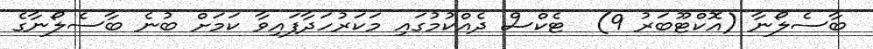
ބާސެލޯނާ (އޮކްޓޫބަރު 9)  ޓެކްސް ދެއްކުމުގައި މަކަރުހަދާފައިވާ ކަމަށް ބުނެ ބާސެލޯނާގެ